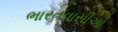
ભારતવાસીઓ